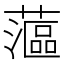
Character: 𰲉